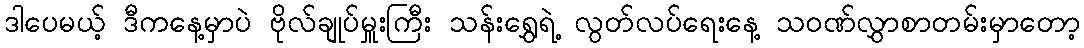
ဒါပေမယ့် ဒီကနေ့မှာပဲ ဗိုလ်ချုပ်မှူးကြီး သန်းရွှေရဲ့ လွတ်လပ်ရေးနေ့ သဝဏ်လွှာစာတမ်းမှာတော့